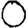
Digit: 0